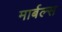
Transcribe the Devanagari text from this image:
मार्बल्स